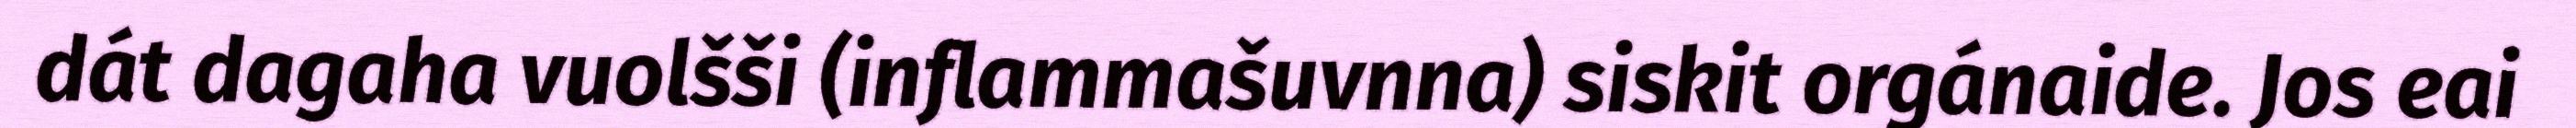
dát dagaha vuolšši (inflammašuvnna) siskit orgánaide. Jos eai